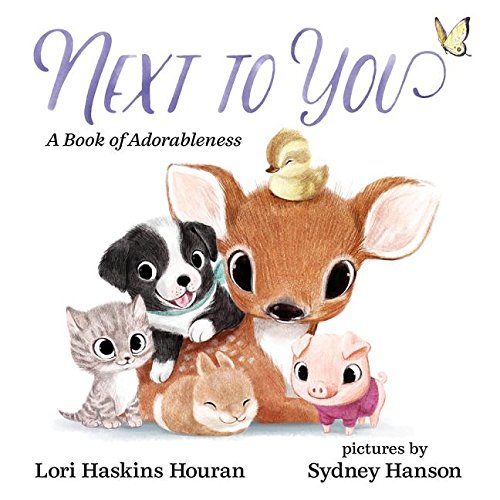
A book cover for Next to You: A Book of Adorableness; Lori Haskins Houran; Children's Books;